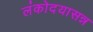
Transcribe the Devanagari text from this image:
लंकोदयासन्न